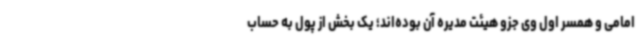
امامی و همسر اول وی جزو هیئت مدیره آن بوده‌اند؛ یک بخش از پول به حساب